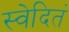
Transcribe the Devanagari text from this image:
स्वेदितं